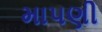
માપણી